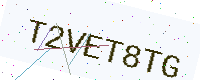
Text: T2VET8TG